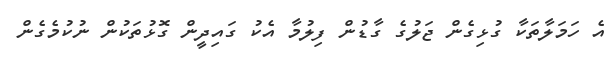
އެ ހަމަލާތަކާ ގުޅިގެން ޖަލުގެ ގާޑުން ފިލުމާ އެކު ގައިދީން ގޮޅުތަކުން ނުކުމެެގެން